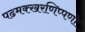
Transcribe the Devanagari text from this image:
पढमक्खरणिप्पणो